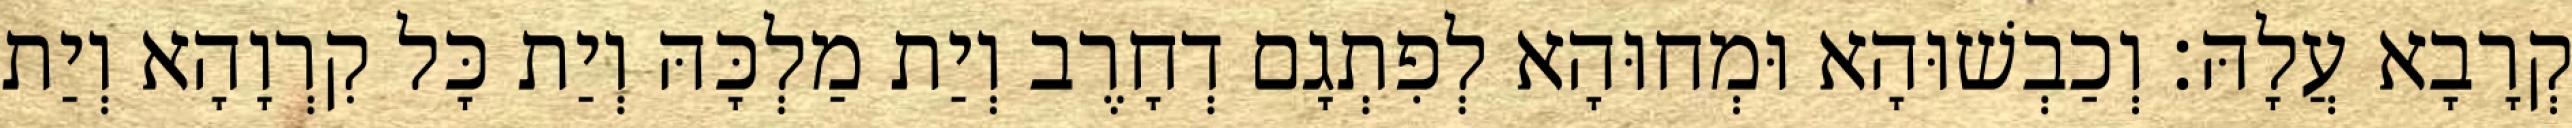
קְרָבָא עֲלָהּ׃ וְכַבְשׁוּהָא וּמְחוּהָא לְפִתְגָם דְחָרֶב וְיַת מַלְכָּהּ וְיַת כָּל קִרְוָהָא וְיַת